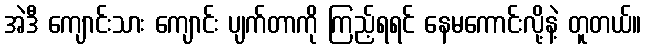
အဲဒီ ကျောင်းသား ကျောင်း ပျက်တာကို ကြည့်ရရင် နေမကောင်းလို့နဲ့ တူတယ်။